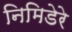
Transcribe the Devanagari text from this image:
निमिडेरे